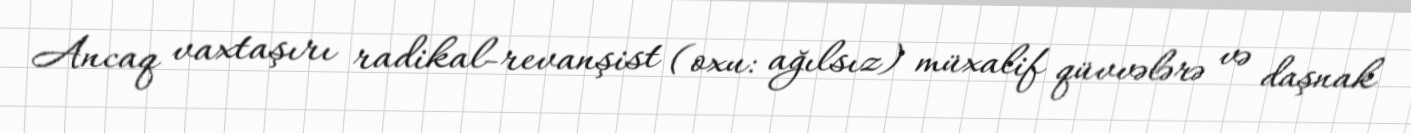
Ancaq vaxtaşırı radikal-revanşist (oxu: ağılsız) müxalif qüvvələrə və daşnak